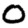
Digit: 0